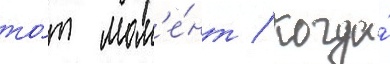
то́т мом'е́нт / когда́